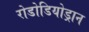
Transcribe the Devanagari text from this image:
रोडोडियोड्रान